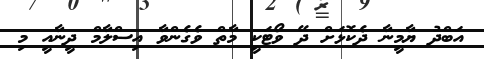
އަބްދު ޔާމީނާ ދެކޮޅަށް ދޭ ވޯޓަކީ މާތް ވެގެންވާ އިސްލާމް ދީނާއީ މި